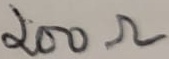
Text: 200Ω